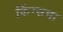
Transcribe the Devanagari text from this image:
किंग्सचा